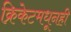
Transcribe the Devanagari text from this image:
क्रिकेटमधूनही